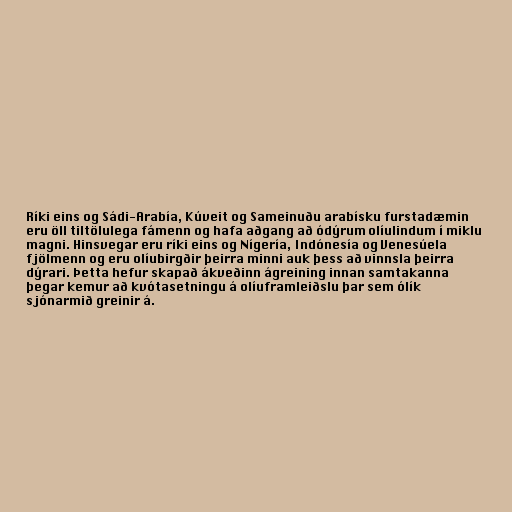
Ríki eins og Sádi-Arabía, Kúveit og Sameinuðu arabísku furstadæmin
eru öll tiltölulega fámenn og hafa aðgang að ódýrum olíulindum í miklu
magni. Hinsvegar eru ríki eins og Nígería, Indónesía og Venesúela
fjölmenn og eru olíubirgðir þeirra minni auk þess að vinnsla þeirra
dýrari. Þetta hefur skapað ákveðinn ágreining innan samtakanna
þegar kemur að kvótasetningu á olíuframleiðslu þar sem ólík
sjónarmið greinir á.